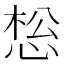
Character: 𰑩